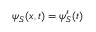
\psi _ { S } ( x , t ) = \psi _ { S } ^ { \prime } ( t )